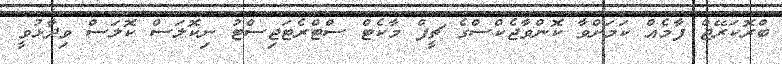
ބްރޮކަރޭޖް ފާމެއް ކަމަށްވާ ކޮންވާޖެކްސްގެ ޗީފް މާކެޓް ސްޓްރެޓަޖިސްޓު ނިކޮލަސް ކޮލަސް ވިދާޅުވީ